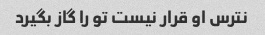
نترس او قرار نیست تو را گاز بگیرد